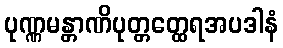
ပုဏ္ဏမန္တာဏိပုတ္တတ္ထေရအပဒါနံ